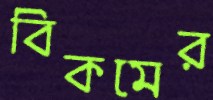
বিকমের